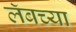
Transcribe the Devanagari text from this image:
लॅबच्या